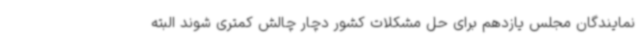
نمایندگان مجلس یازدهم برای حل مشکلات کشور دچار چالش کمتری شوند البته